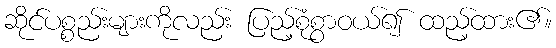
ဆိုင်ပစ္စည်းများကိုလည်း ပြည့်စုံစွာဝယ်၍ ထည့်ထား၏။